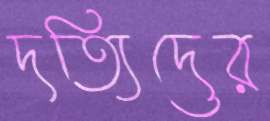
দত্যিদের